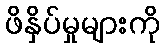
ဖိနှိပ်မှုများကို